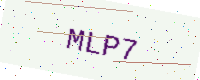
Text: MLP7